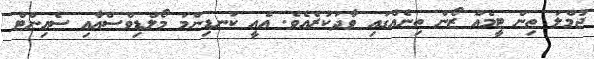
ޖުމްލަ ތިން ޓީމެއް ޒޯން ތިނެއްގައި ވާދަކުރެއެވެ. އެއީ ކަނޑިންމަ މޯލްޑިވްސްއާއި ސެއިންޓް